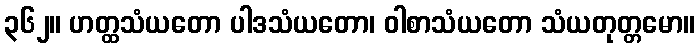
၃၆၂။ ဟတ္ထသံယတော ပါဒသံယတော၊ ဝါစာသံယတော သံယတုတ္တမော။